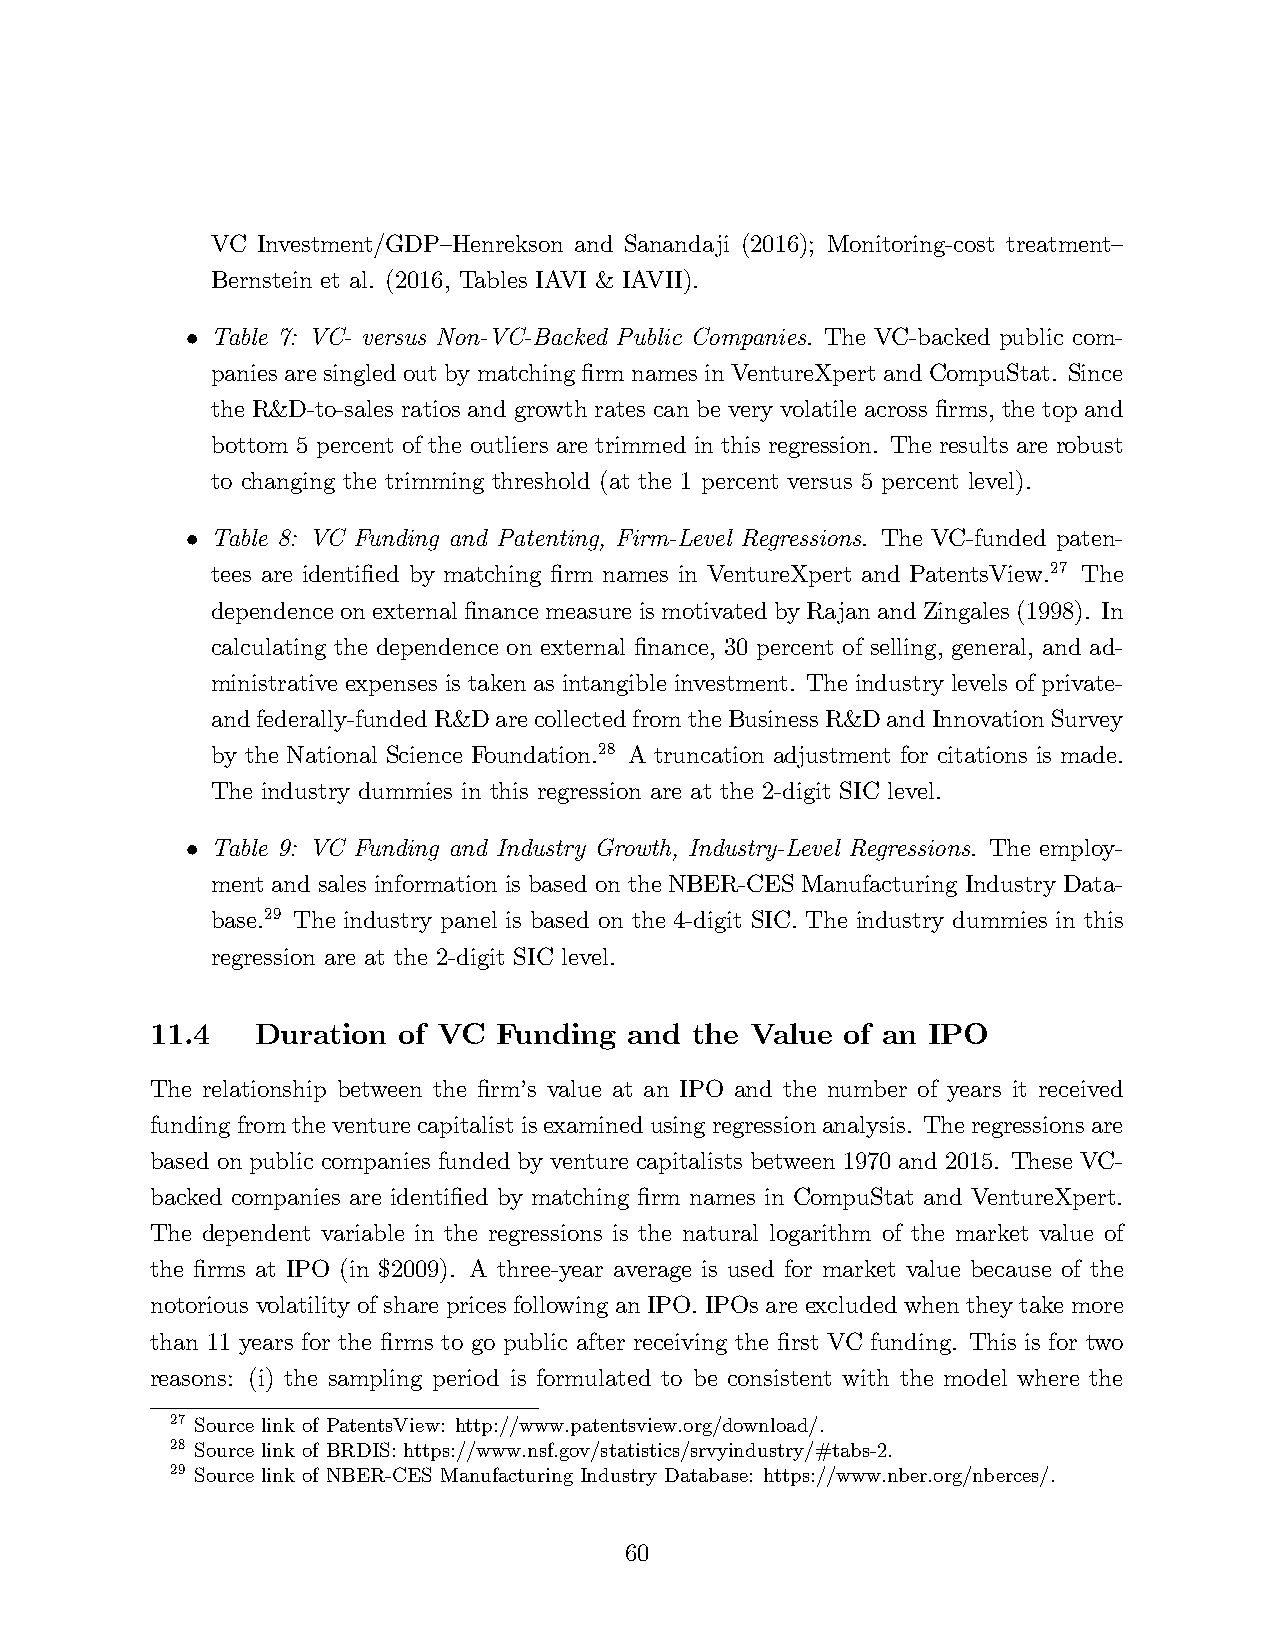
VC Investment/GDP—Henrekson and Sanandaji (2016); Monitoring-cost treatment—
 Bernstein et al. (2016, Tables IAVI & IAVII).
 Table 7: VC- versus Non-VC-Backed Public Companies. The VC-backed public com-
 •
 panies are singled out by matching firm names in VentureXpert and CompuStat. Since
 the R&D-to-sales ratios and growth rates can be very volatile across firms, the top and
 bottom 5 percent of the outliers are trimmed in this regression. The results are robust
 to changing the trimming threshold (at the 1 percent versus 5 percent level).
 Table 8: VC Funding and Patenting, Firm-Level Regressions. The VC-funded paten-
 •
 tees are identified by matching firm names in VentureXpert and PatentsView.27 The
 dependence on external finance measure is motivated by Rajan and Zingales (1998). In
 calculating the dependence on external finance, 30 percent of selling, general, and ad-
 ministrative expenses is taken as intangible investment. The industry levels of private-
 and federally-funded R&D are collected from the Business R&D and Innovation Survey
 by the National Science Foundation.28 A truncation adjustment for citations is made.
 The industry dummies in this regression are at the 2-digit SIC level.
 Table 9: VC Funding and Industry Growth, Industry-Level Regressions. The employ-
 •
 ment and sales information is based on the NBER-CES Manufacturing Industry Data-
 base.29 The industry panel is based on the 4-digit SIC. The industry dummies in this
 regression are at the 2-digit SIC level.
 11.4   Duration of VC  Funding and  the Value of an IPO
 The relationship between the firm’s value at an IPO and the number of years it received
 funding from the venture capitalist is examined using regression analysis. The regressions are
 based on public companies funded by venture capitalists between 1970 and 2015. These VC-
 backed companies are identified by matching firm names in CompuStat and VentureXpert.
 The dependent variable in the regressions is the natural logarithm of the market value of
 the firms at IPO (in $2009). A three-year average is used for market value because of the
 notorious volatility of share prices following an IPO. IPOs are excluded when they take more
 than 11 years for the firms to go public after receiving the first VC funding. This is for two
 reasons: (i) the sampling period is formulated to be consistent with the model where the
 27 Source link of PatentsView: http://www.patentsview.org/download/.
 28 Source link of BRDIS: https://www.nsf.gov/statistics/srvyindustry/#tabs-2.
 29 Source link of NBER-CES Manufacturing Industry Database: https://www.nber.org/nberces/.
 60